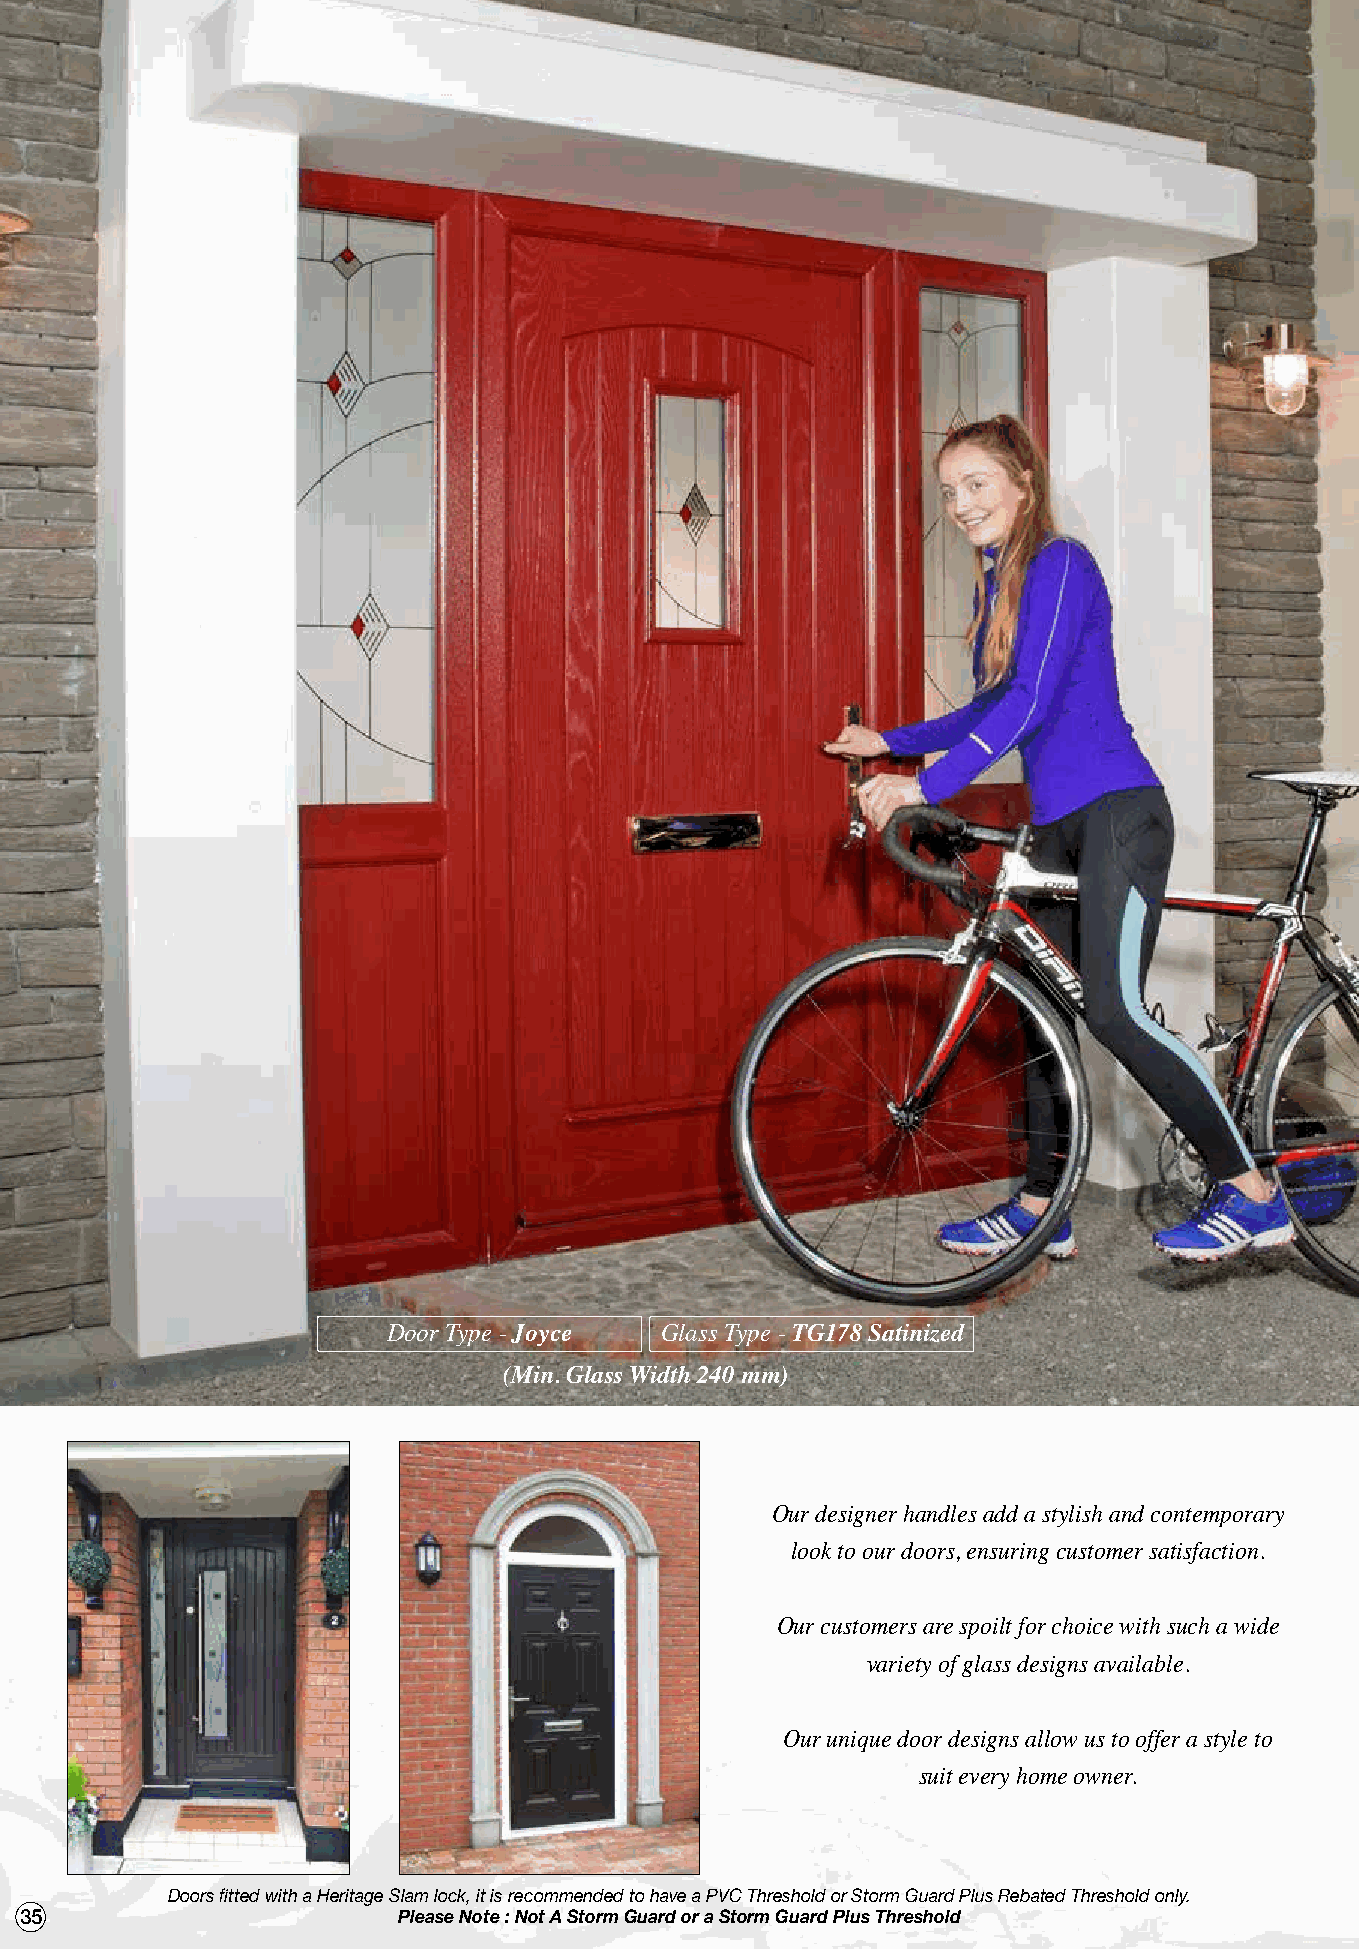
Door Type - Joyce Glass Type - TG178 Satinized
 (Min. Glass Width 240 mm)
 Our designer handles add a stylish and contemporary
 look to our doors, ensuring customer satisfaction.
 Our customers are spoilt for choice with such a wide
 variety of glass designs available.
 Our unique door designs allow us to offer a style to
 suit every home owner.
 Doors fitted with a Heritage Slam lock, it is recommended to have a PVC Threshold or Storm Guard Plus Rebated Threshold only.
 35                       Please Note : Not A Storm Guard or a Storm Guard Plus Threshold